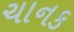
ચાનક